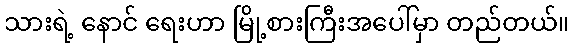
သားရဲ့ နောင် ရေးဟာ မြို့စားကြီးအပေါ်မှာ တည်တယ်။